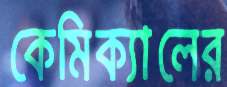
কেমিক্যালের